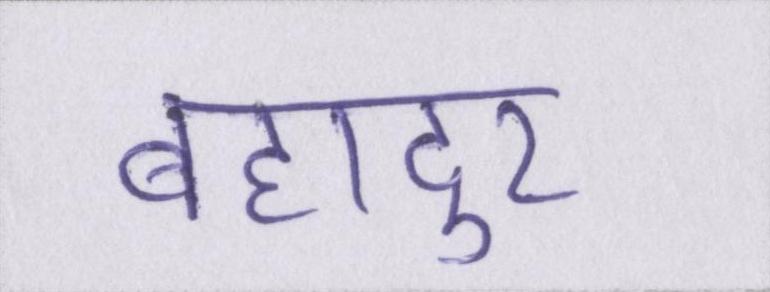
बहादुर